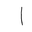
Letter: _alif